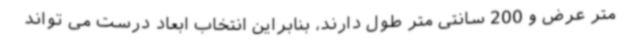
متر عرض و 200 سانتی متر طول دارند، بنابراین انتخاب ابعاد درست می تواند